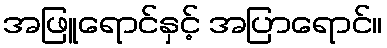
အဖြူရောင်နှင့် အပြာရောင်။